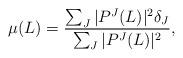
LaTeX: \begin{align*}\mu (L) = \frac{\sum _{J}|P^{J}(L)|^2\delta _{J}}{\sum _{J}|P^{J}(L)|^2},\end{align*}